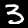
Label: 3